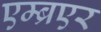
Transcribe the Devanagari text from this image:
एम्ब्रएर